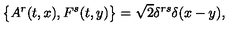
\big \{ A ^ { r } ( t , x ) , F ^ { s } ( t , y ) \big \} = \sqrt 2 \delta ^ { r s } \delta ( x - y ) ,